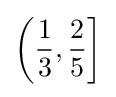
\left({\frac {1}{3}},{\frac {2}{5}}\right]